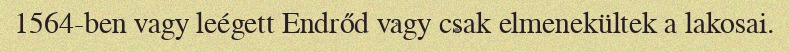
1564-ben vagy leégett Endrőd vagy csak elmenekültek a lakosai.